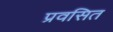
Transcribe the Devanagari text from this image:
प्रवसित